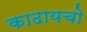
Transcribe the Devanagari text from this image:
काढायचो